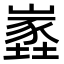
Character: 嶳